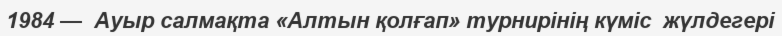
1984 —  Ауыр салмақта «Алтын қолғап» турнирінің күміс  жүлдегері